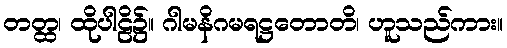
တတ္ထ၊ ထိုပါဠိ၌။ ဂါမနိဂမရဋ္ဌတောတိ၊ ဟူသည်ကား။